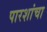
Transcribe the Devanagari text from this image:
पारशांचा